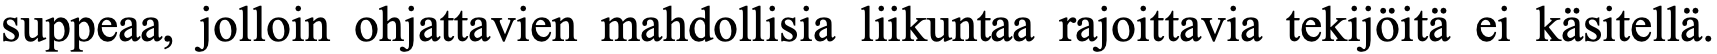
suppeaa, jolloin ohjattavien mahdollisia liikuntaa rajoittavia tekijöitä ei käsitellä.